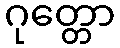
ဂုတ္တော